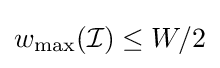
w_{\max }({\mathcal {I}})\leq W/2